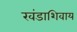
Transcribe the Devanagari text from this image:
खंडाशिवाय